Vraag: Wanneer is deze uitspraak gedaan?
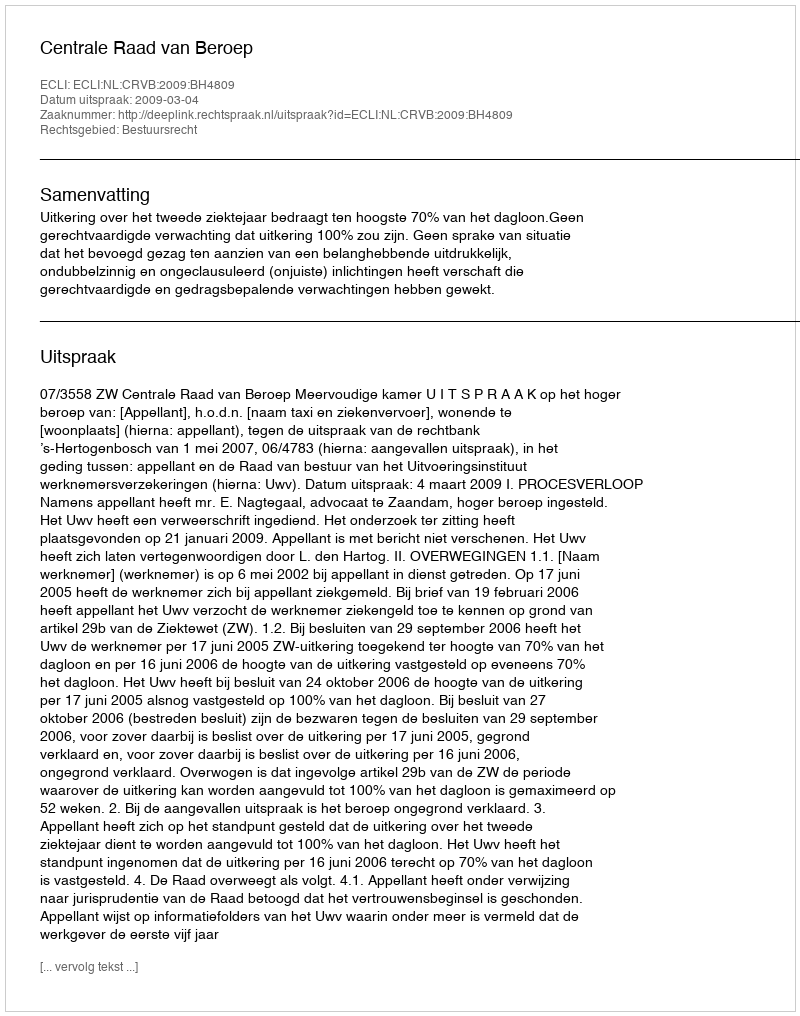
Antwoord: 2009-03-04